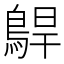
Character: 𱈫